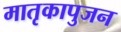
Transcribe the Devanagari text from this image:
मातृकापुजन